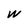
Character: W